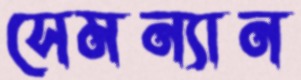
সেমন্যান